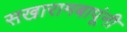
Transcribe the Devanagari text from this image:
सखारामबापूंनी